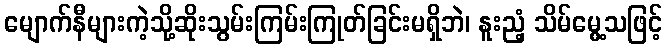
မျောက်နီများကဲ့သို့ဆိုးသွမ်းကြမ်းကြုတ်ခြင်းမရှိဘဲ၊ နူးညံ့ သိမ်မွေ့သဖြင့်